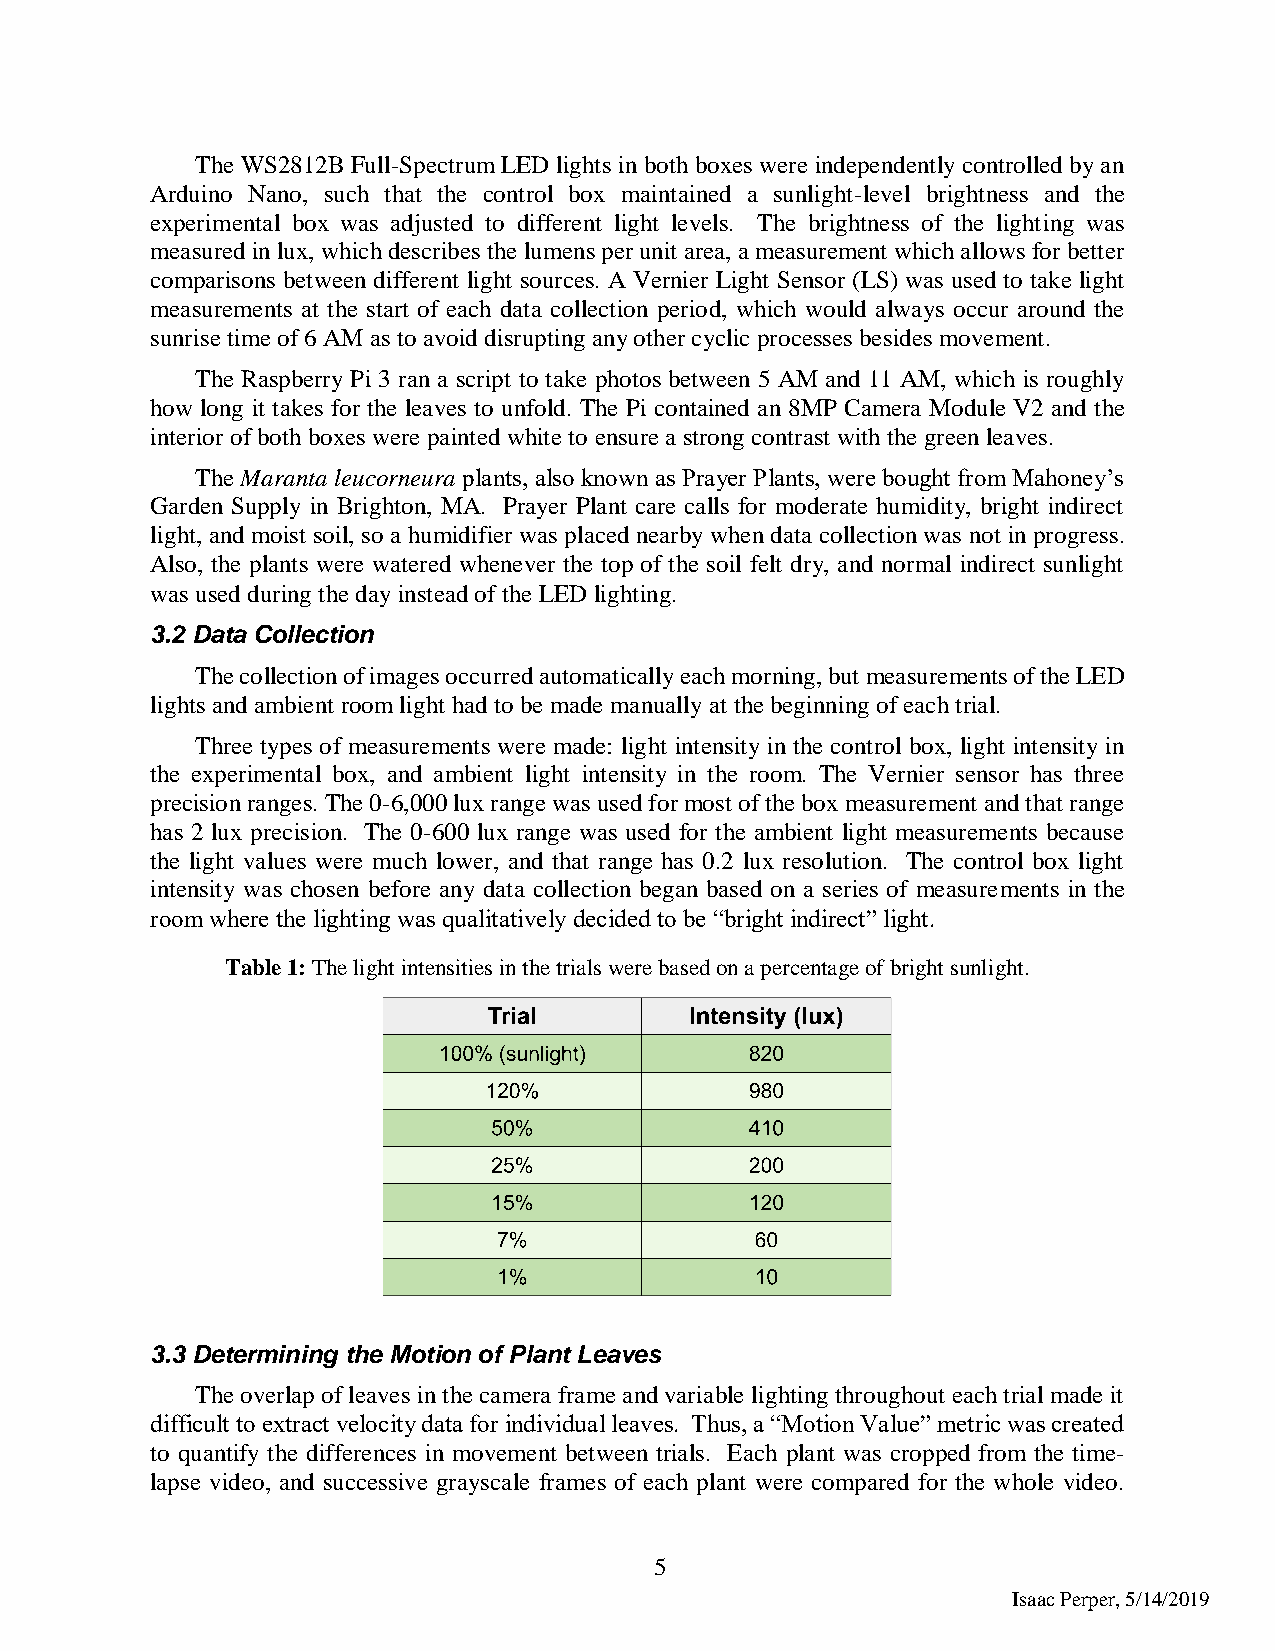
The WS2812B Full-Spectrum LED lights in both boxes were independently controlled by an
 Arduino Nano, such that the control box maintained a sunlight-level brightness and the
 experimental box was adjusted to different light levels. The brightness of the lighting was
 measured in lux, which describes the lumens per unit area, a measurement which allows for better
 comparisons between different light sources. A Vernier Light Sensor (LS) was used to take light
 measurements at the start of each data collection period, which would always occur around the
 sunrise time of 6 AM as to avoid disrupting any other cyclic processes besides movement.
 The Raspberry Pi 3 ran a script to take photos between 5 AM and 11 AM, which is roughly
 how long it takes for the leaves to unfold. The Pi contained an 8MP Camera Module V2 and the
 interior of both boxes were painted white to ensure a strong contrast with the green leaves.
 The Maranta leucorneura plants, also known as Prayer Plants, were bought from Mahoney’s
 Garden Supply in Brighton, MA. Prayer Plant care calls for moderate humidity, bright indirect
 light, and moist soil, so a humidifier was placed nearby when data collection was not in progress.
 Also, the plants were watered whenever the top of the soil felt dry, and normal indirect sunlight
 was used during the day instead of the LED lighting.
 3.2 Data Collection
 The collection of images occurred automatically each morning, but measurements of the LED
 lights and ambient room light had to be made manually at the beginning of each trial.
 Three types of measurements were made: light intensity in the control box, light intensity in
 the experimental box, and ambient light intensity in the room. The Vernier sensor has three
 precision ranges. The 0-6,000 lux range was used for most of the box measurement and that range
 has 2 lux precision. The 0-600 lux range was used for the ambient light measurements because
 the light values were much lower, and that range has 0.2 lux resolution. The control box light
 intensity was chosen before any data collection began based on a series of measurements in the
 room where the lighting was qualitatively decided to be “bright indirect” light.
 Table 1: The light intensities in the trials were based on a percentage of bright sunlight.
 3.3 Determining the Motion of Plant Leaves
 The overlap of leaves in the camera frame and variable lighting throughout each trial made it
 difficult to extract velocity data for individual leaves. Thus, a “Motion Value” metric was created
 to quantify the differences in movement between trials. Each plant was cropped from the time-
 lapse video, and successive grayscale frames of each plant were compared for the whole video.
 5
 Isaac Perper, 5/14/2019